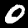
Digit: 0